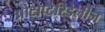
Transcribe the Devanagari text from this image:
प्रोटोप्टेरिडेलीज़